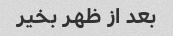
بعد از ظهر بخیر